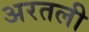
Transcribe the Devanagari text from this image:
अरतली